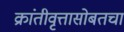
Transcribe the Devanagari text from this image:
क्रांतीवृत्तासोबतचा